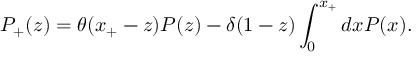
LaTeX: P _ { + } ( z ) = \theta ( x _ { + } - z ) P ( z ) - \delta ( 1 - z ) \int _ { 0 } ^ { x _ { + } } d x P ( x ) .